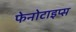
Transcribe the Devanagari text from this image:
फेनोटाइप्स